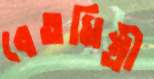
বেতমিস্ত্রী